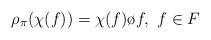
LaTeX: \begin{align*}\rho_{\pi}(\chi(f))=\chi(f)\o f,\,\,f\in F\end{align*}